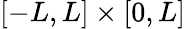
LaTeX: [-L,L]\times[0,L]